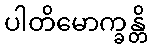
ပါတိမောက္ခန္တိ